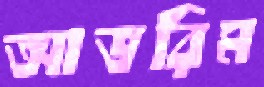
আভরিম